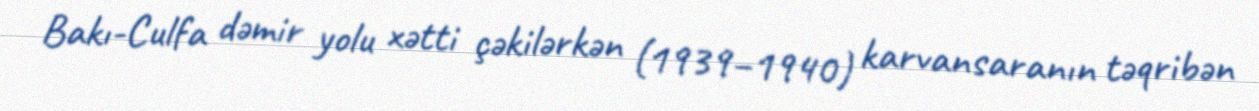
Bakı-Culfa dəmir yolu xətti çəkilərkən (1939–1940) karvansaranın təqribən